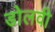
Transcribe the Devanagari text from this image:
डोलवी